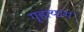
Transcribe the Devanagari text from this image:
गृहत्‍याग